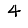
Digit: 4